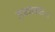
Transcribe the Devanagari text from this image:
ज्ञातव्याः।।